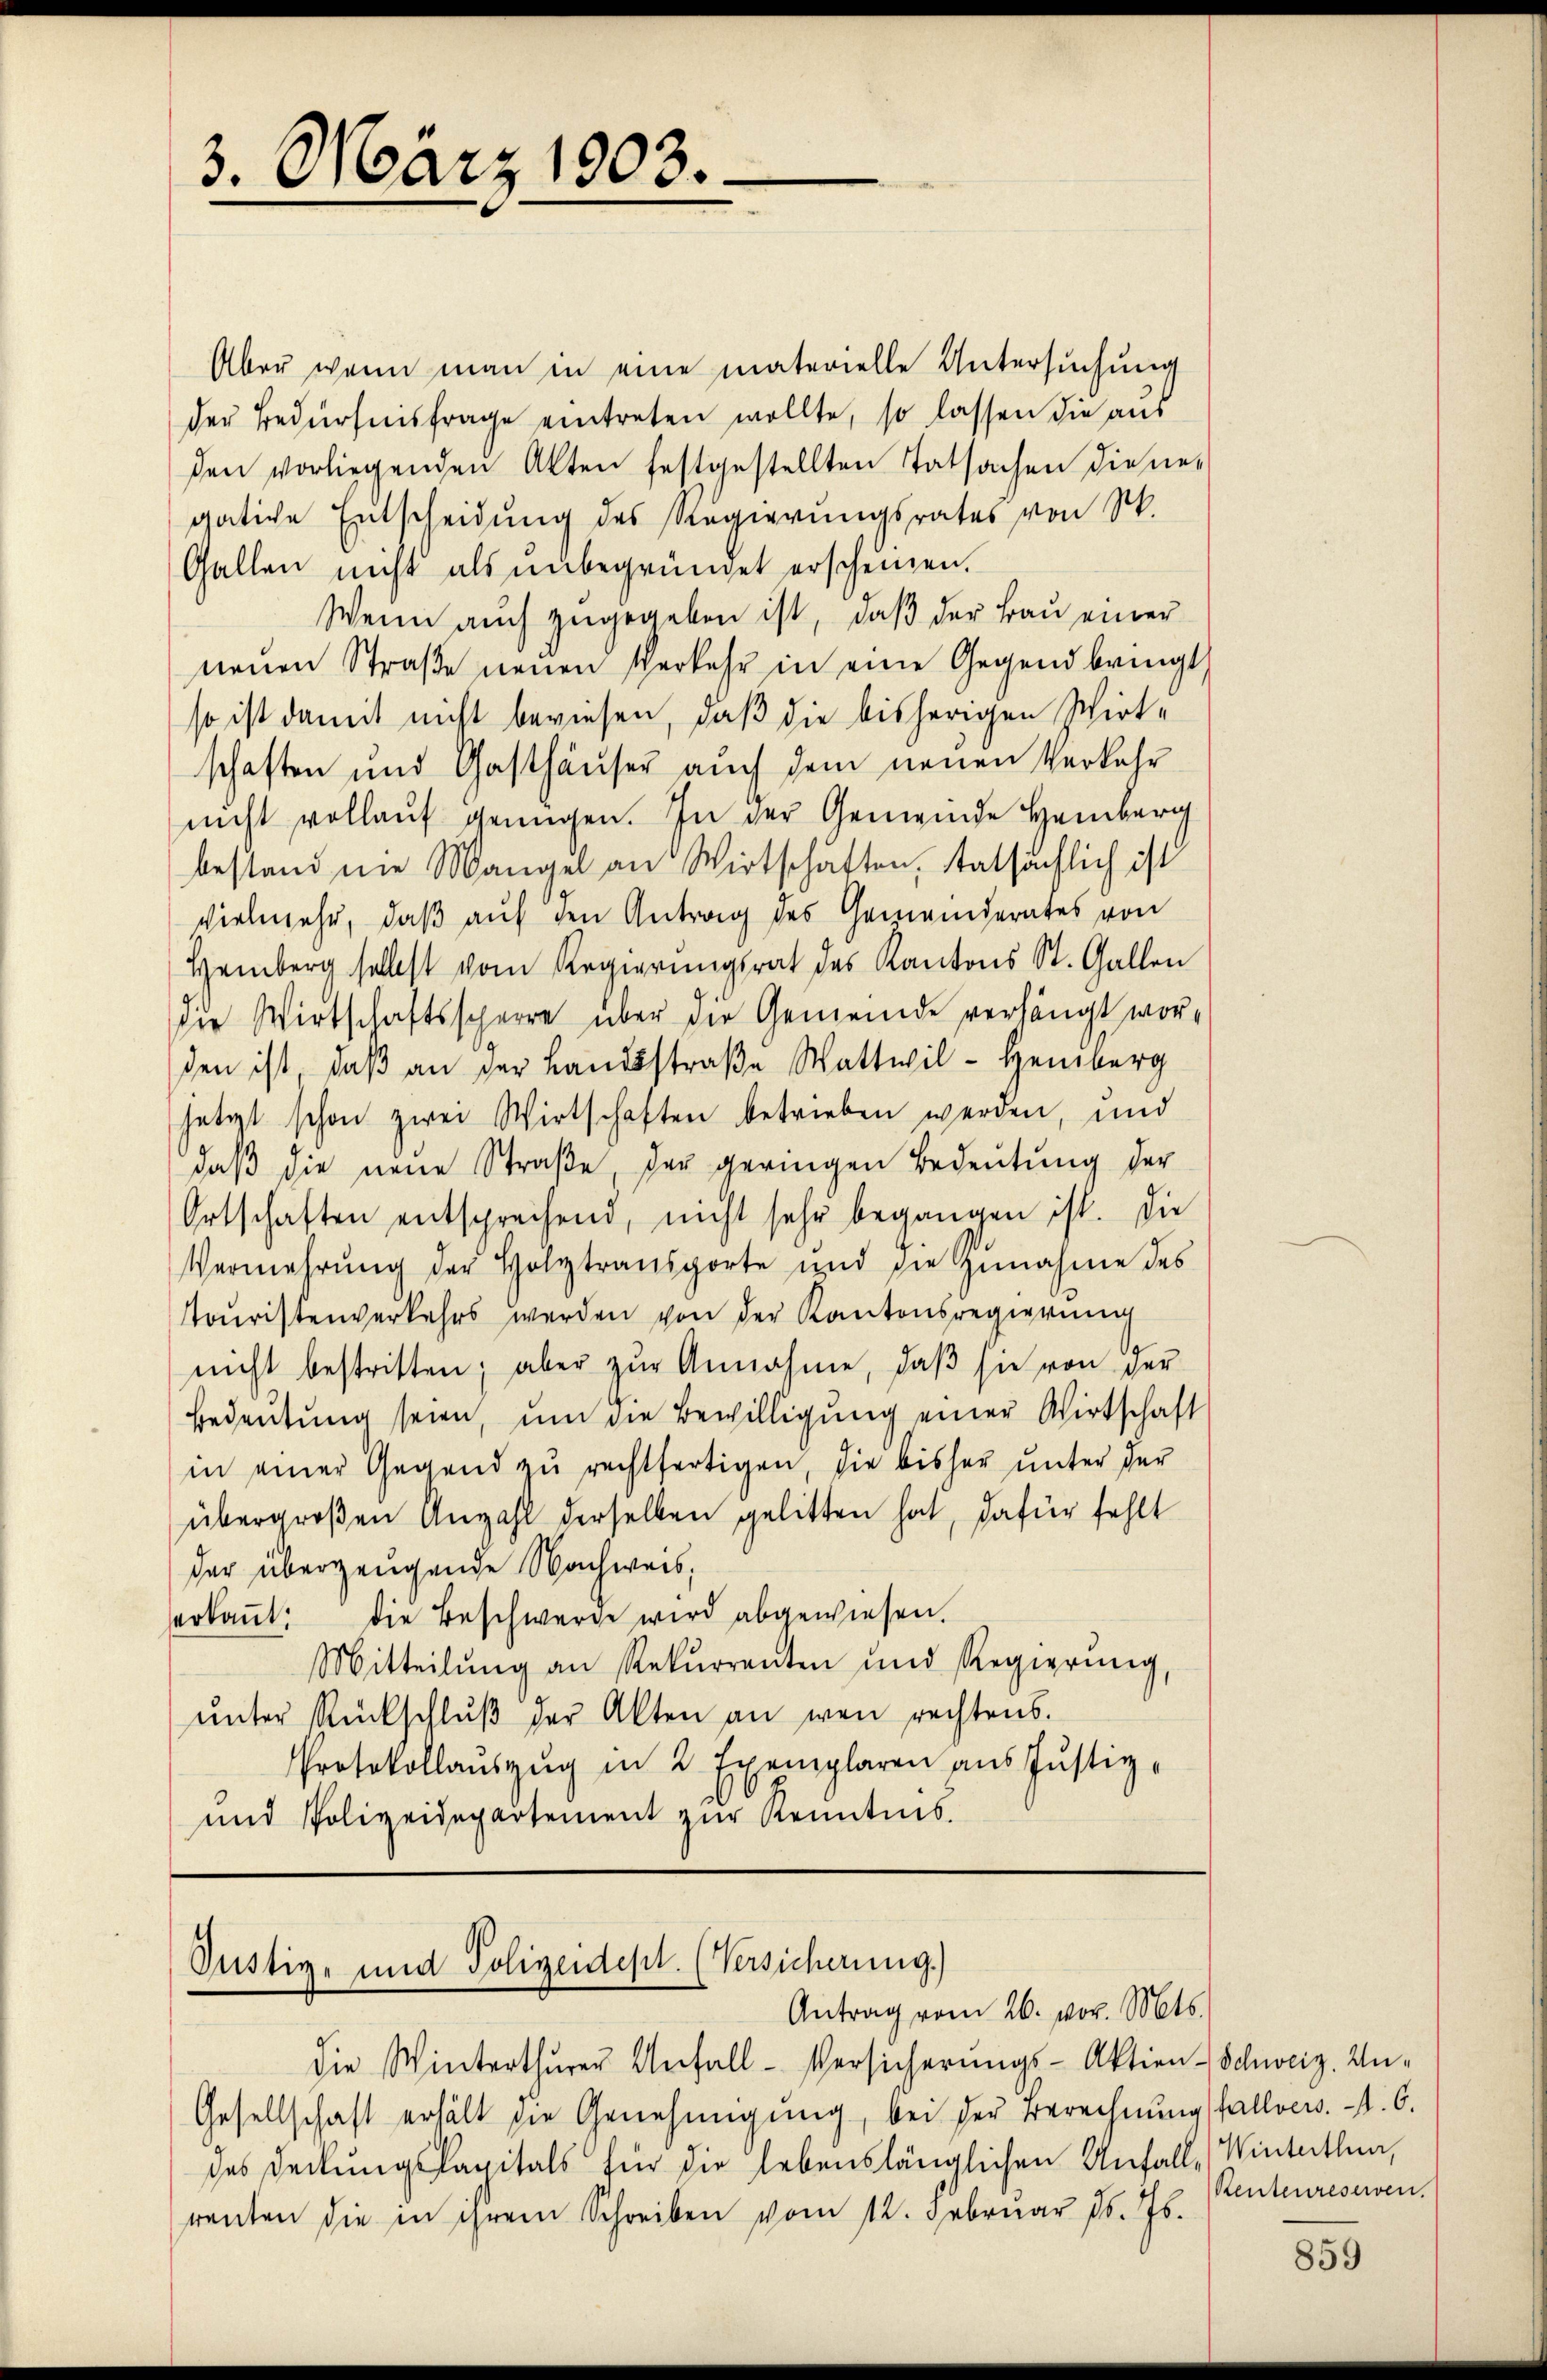
3. März 1903.

Aber wenn man in eine materielle Untersuchung
der Bedürfnisfrage eintreten wollte, so lassen die aus
den vorliegenden Akten festgestellten Tatsachen diene-
gätiche Entscheidung des Regierungsrates von St.
Gallen nicht als unbegründet erscheinen.
Wenn auch zugegeben ist, daß der Bau einer
neŭen Straβe neŭen Verkehr in eine Gegend bringt
so ist damit nicht bewiesen, daß die bisherigen Wirt-
schaften und Gasthäuser auch dem neuen Verkehr
nicht vollauf genügen. In der Gemeinde Heinberg
bestand nie Mangel an Wirtschaften, tatsächlich ist
vielmehr, daß auf den Antrag des Gemeinderates von
Hemberg selbst vom Regierungsrat des Kantons St. Gallen
die Wirtschaftssperre über die Gemeinde verhängt worden ist, daß an der Landsstraße Wattwil - Heinberg
setzt schon zwei Wirtschaften betrieben werden, und
daβ die neŭe Straße, der geringen Bedeutung der
Ortschaften entsprechend, nicht sehr begangen ist. Die
Vermehrŭng der Holztransporte und die Zunahme des
touristenverkehrs werden von der Kantonsregierung
nicht bestritten; aber zŭr Annahme, daβ sie von der
Bedeutung seien, um die Bewilligung einer Wirtschaft
in einer Gegend zŭ rechtfertigen, die bisher unter der
übergroßen Anzahl derselben gelitten hat, dafür fehlt
der überzeugende Nachweis;
erkannt: die Beschwerde wird abgewiesen.
Mitteilŭng an Rekŭrrenten und Regierŭng,
ŭnter Rückschlŭβ der Akten an wen rechtens.
Protokollauszug in 2 Exemplaren aus Justiz-
und Polizeidepartement zŭr Kenntnis.

Justiz- und Polizeidept. (Versicherung.)
Antrag vom 26. vor. Mts.

die Winterthurer Anfall-Versicherungs-Aktien- Schweiz. Un-
Gesellschaft erhält die Genehmigung, bei der Berechnung fallvers. 1. 6.
des Deckungskapitals für die lebenslänglichen Unfall, Winterthen,
renten die in ihrem Schreiben vom 12. Februar d. Js.

Renteureserven.

859